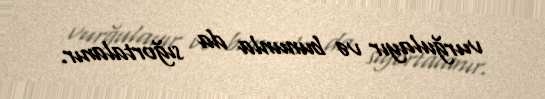
vurğulayır və bununla da sığortalanır.